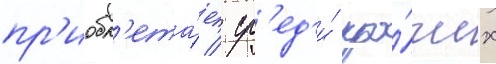
пр'иобр'ета́ет / ср'ед'и́ про́чих